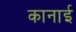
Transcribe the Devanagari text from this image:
कानाई